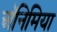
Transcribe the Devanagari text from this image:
अॅनिमिया